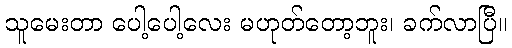
သူမေးတာ ပေါ့ပေါ့လေး မဟုတ်တော့ဘူး၊ ခက်လာပြီ။